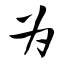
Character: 为